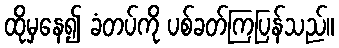
ထိုမှနေ၍ ခံတပ်ကို ပစ်ခတ်ကြပြန်သည်။